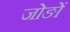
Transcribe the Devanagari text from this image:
जोङों